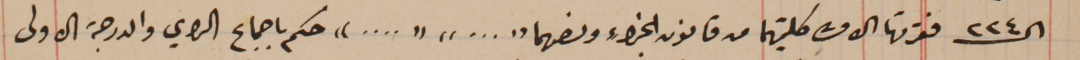
الـ٢٢٤ فقرتها الاولى كلتيهما من قانون الجزاء ونصهما "..." "...." حكم باجماع الراي والدرجة الاولى